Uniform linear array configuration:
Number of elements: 12
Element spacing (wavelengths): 0.5
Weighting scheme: hamming
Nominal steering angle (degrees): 30
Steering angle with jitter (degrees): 30.868
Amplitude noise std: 0.05
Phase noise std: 0.05

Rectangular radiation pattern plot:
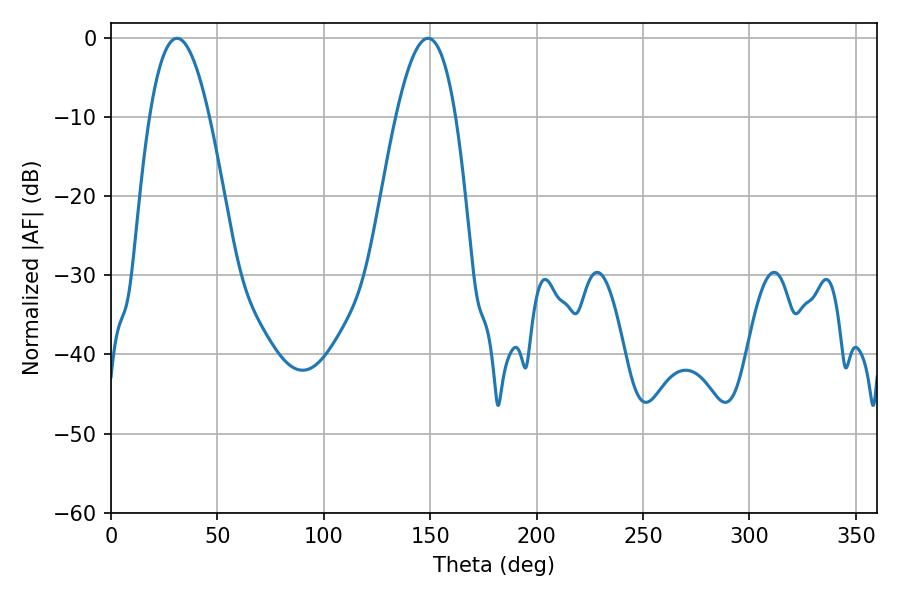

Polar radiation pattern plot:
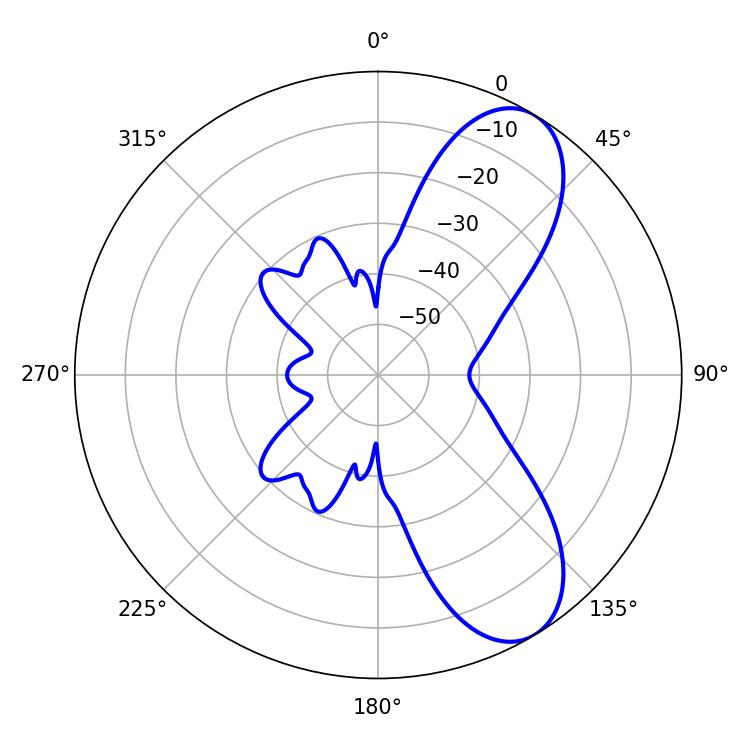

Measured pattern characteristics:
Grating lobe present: FALSE
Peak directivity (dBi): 8.213
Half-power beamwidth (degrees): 15.3
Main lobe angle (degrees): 30.96